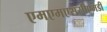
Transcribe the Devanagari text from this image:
एमएमएससीएमडी